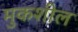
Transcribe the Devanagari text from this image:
मुकशील